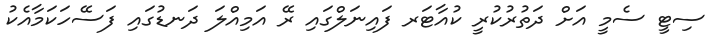
ސިޓީ ސެމީ އަށް ދަތުރުކުރީ ކުއާޓަރ ފައިނަލްގައި ރޭ އަމިއްލަ ދަނޑުގައި ފަސޭހަކަމާއެކު